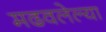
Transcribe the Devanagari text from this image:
मढवलेल्या